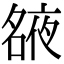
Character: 𡖺